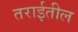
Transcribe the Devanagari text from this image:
तराईतील